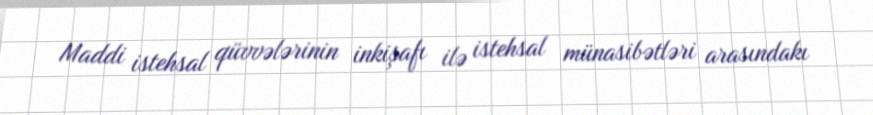
Maddi istehsal qüvvələrinin inkişafı ilə istehsal münasibətləri arasındakı